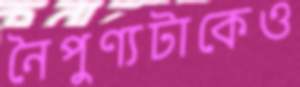
নৈপুণ্যটাকেও